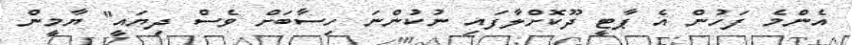
އެންމެ ފަހުން އެ ޕާޓީ ދޫކޮށްލާފައި ނުކުންނަ ހިސާބަށް ވެސް ދިޔައީ" ޔާމީން